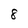
Character: 8